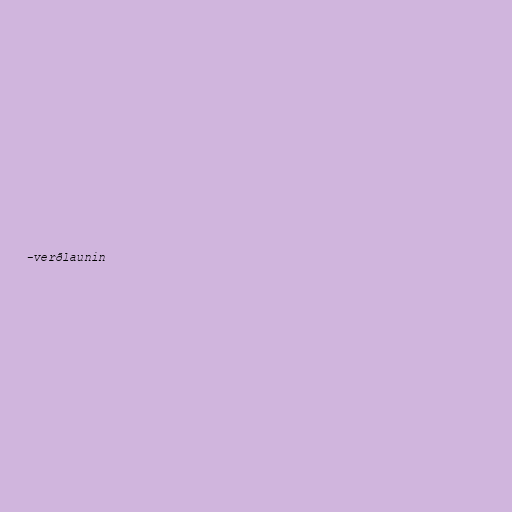
-verðlaunin